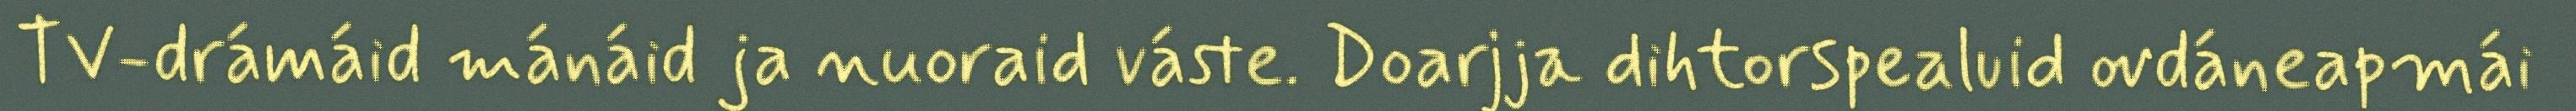
TV-drámáid mánáid ja nuoraid váste. Doarjja dihtorspealuid ovdáneapmái